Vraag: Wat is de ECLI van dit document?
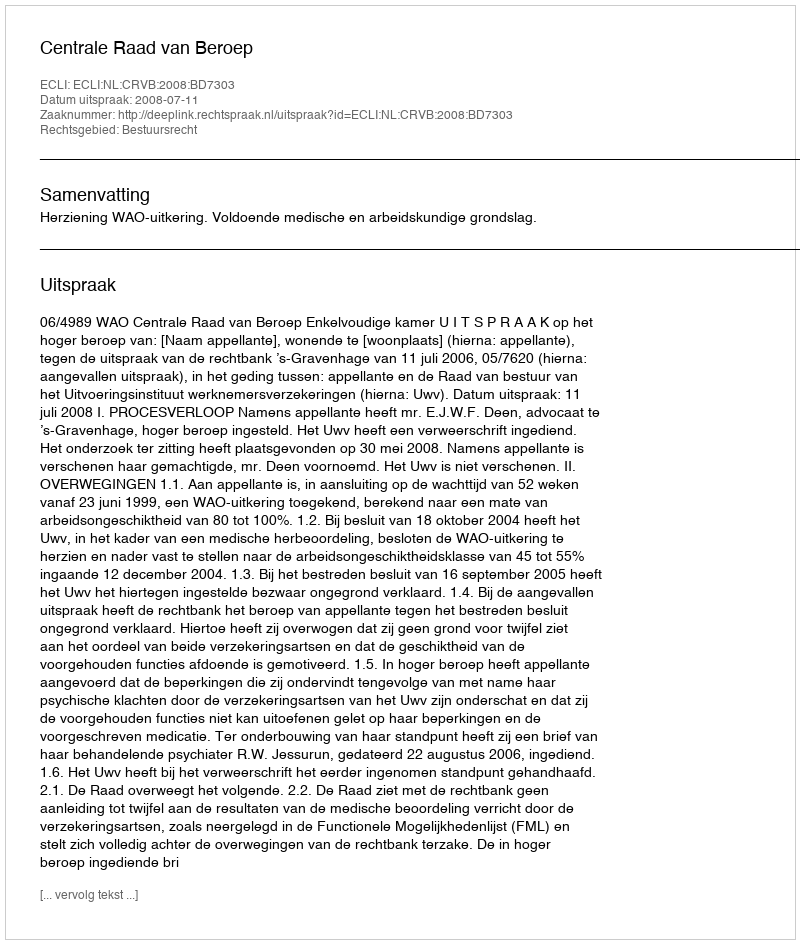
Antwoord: ECLI:NL:CRVB:2008:BD7303